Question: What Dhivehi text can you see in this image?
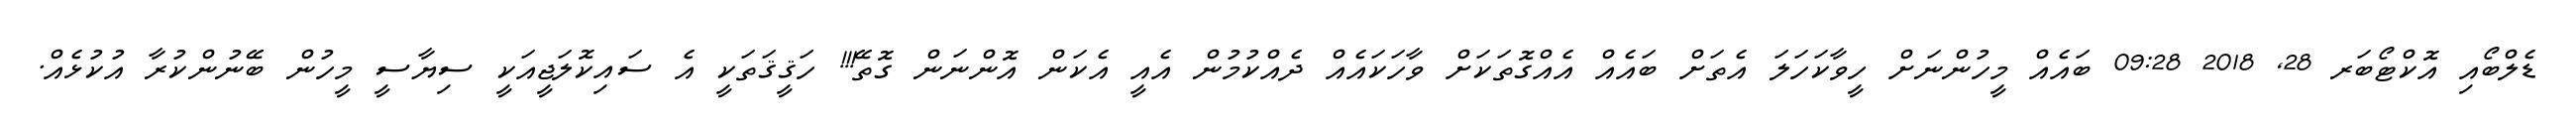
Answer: ޑެލްބޯއި އޮކްޓޯބަރ 28, 2018 09:28 ބައެއް މީހުންނަށް ހީވާކަހަލަ އެތަށް ބައެއް އެއްގޮތަކަށް ވާހަކައެއް ދެއްކުމުން އެއީ އެކަން އޮންނަން ގޮތޭ!!! ހަޤީޤަތަކީ އެ ސައިކޮލަޖީއަކީ ސިޔާސީ މީހުން ބޭނުންކުރާ އުކުޅެއް.